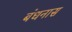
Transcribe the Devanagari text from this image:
बंधनास